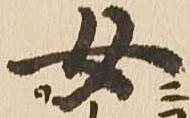
女